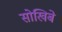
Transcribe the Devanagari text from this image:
सोखिबे